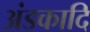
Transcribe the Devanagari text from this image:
अंडकादि